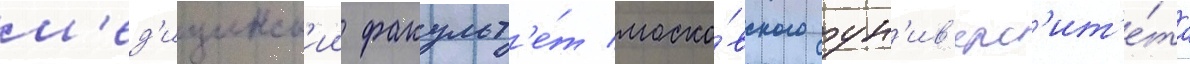
м'ед'ицинск'ии факульт'е́т моско́вского ун'ив'ерс'ит'е́та